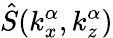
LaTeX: \hat{S}(k_{x}^{\alpha},k_{z}^{\alpha})